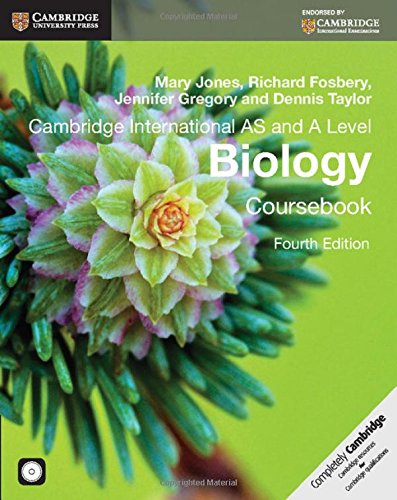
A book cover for Cambridge International AS and A Level Biology Coursebook with CD-ROM (Cambridge International Examinations); Mary Jones; Teen & Young Adult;